Indian journal of veterinary science and animal husbandry - Volumes 22-23, 1952-1953
Year: 1952
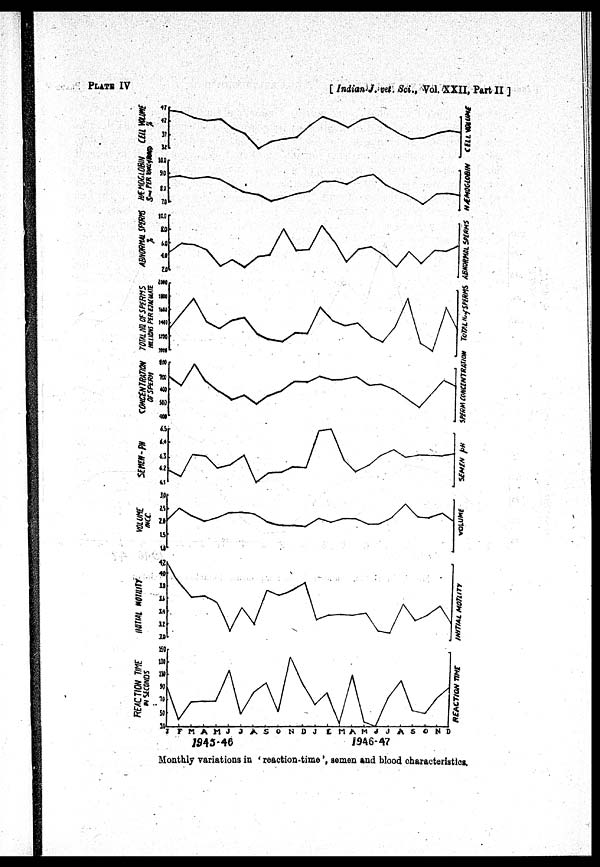
PLATE IV
[Indian J. vet. Sci., Vol. XXII, Part II]
Monthly variations in ' reaction-time ', semen and blood characteristics.